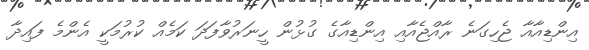
އިންޑިއާއާ ޖެހިގަނެ ރާއްޖެއާއި އިންޑިއާގެ ގުޅުން ހީނަރުވާފަދަ ކަމެއް ކުރުމަކީ އެންމެ ފައިދާ